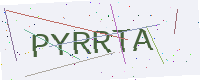
Text: PYRRTA